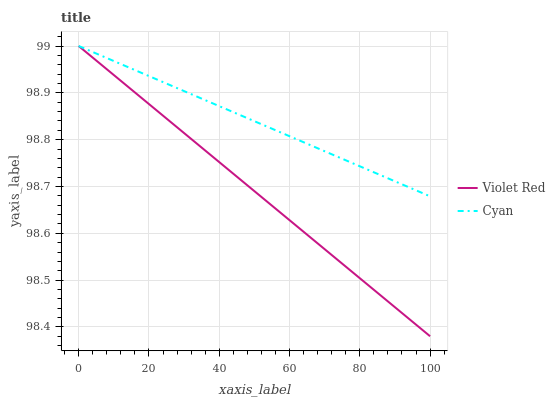
| xaxis_label | Violet Red | Cyan |
 | --- | --- | --- |
 | 0 | 99 | 99 |
 | 11.1 | 98.9 | 99 |
 | 22.2 | 98.9 | 98.9 |
 | 33.3 | 98.8 | 98.9 |
 | 44.4 | 98.7 | 98.9 |
 | 55.6 | 98.7 | 98.8 |
 | 66.7 | 98.6 | 98.8 |
 | 77.8 | 98.5 | 98.8 |
 | 88.9 | 98.4 | 98.7 |
 | 100 | 98.4 | 98.7 |